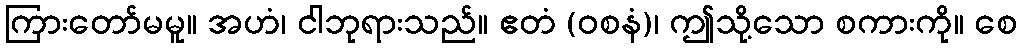
ကြားတော်မမူ။ အဟံ၊ ငါဘုရားသည်။ ဧတံ (ဝစနံ)၊ ဤသို့သော စကားကို။ စေ